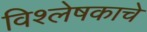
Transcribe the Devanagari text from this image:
विश्लेषकाचे